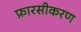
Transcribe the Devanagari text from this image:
फ़ारसीकरण